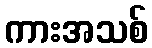
ကားအသစ်